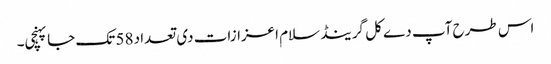
اس طرح آپ دے کل گرینڈ سلام اعزازات د‏‏ی تعداد 58 تک جا پہنچی۔